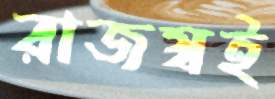
রাজস্বই